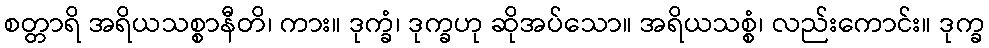
စတ္တာရိ အရိယသစ္စာနီတိ၊ ကား။ ဒုက္ခံ၊ ဒုက္ခဟု ဆိုအပ်သော။ အရိယသစ္စံ၊ လည်းကောင်း။ ဒုက္ခ